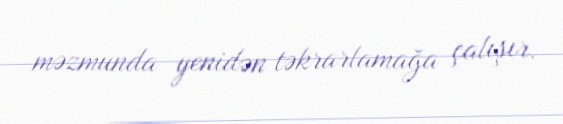
məzmunda yenidən təkrarlamağa çalışır.